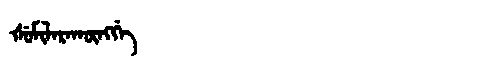
Manchu: ᡧᡠᠮᡳᠯᠠᡵᠠᡴᡡᠩᡤᡝ
Romanization: ŠUMILARAKŪNGGE